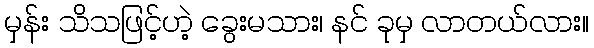
မှန်း သိသဖြင့်ဟဲ့ ခွေးမသား၊ နင် ခုမှ လာတယ်လား။